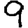
Digit: 9